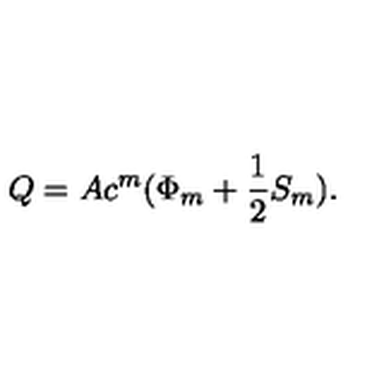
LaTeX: Q = A c ^ { m } ( \Phi _ { m } + \frac { 1 } { 2 } S _ { m } ) .